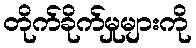
တိုက်ခိုက်မှုများကို